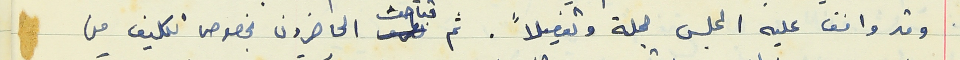
وقد وافق عليه المجلس جملة وتفصيلاً. ثم تباحث الحاضرون بخصوص تكليف من